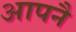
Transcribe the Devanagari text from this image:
आपनै